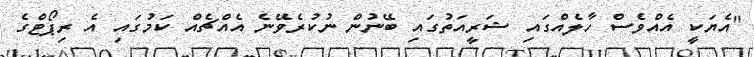
"އެޔަކީ އެއްވެސް ހާލެއްގައި ޝަރީއަތުގައި ބޭނުން ނުކުރެވޭނެ އެއްޗެއް ކަމުގައި އެ ރިޕޯޓްގެ